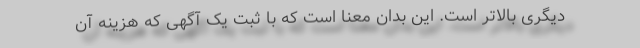
دیگری بالاتر است. این بدان معنا است که با ثبت یک آگهی که هزینه آن